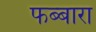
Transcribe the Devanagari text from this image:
फब्बारा